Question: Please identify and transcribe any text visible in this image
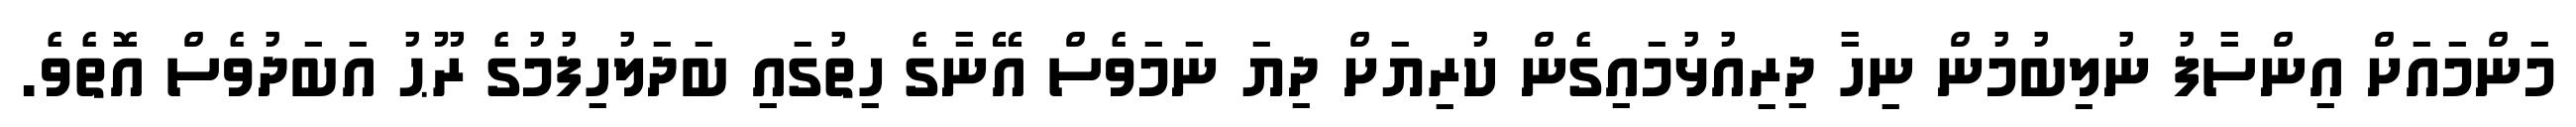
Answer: މަންމައަށް އިންސާފު ނުލިބުމުން ނިހާ ދިރިއުޅުމައިގެން ކުރިޔަށް ދިޔަ ނަމަވެސް އޭނާގެ ހިތުގައި ބަދަލުހިފުމުގެ ރޫޙު އަބަދުވެސް އޮތެވެ.